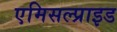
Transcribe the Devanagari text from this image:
एमिसल्प्राइड